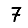
Digit: 7